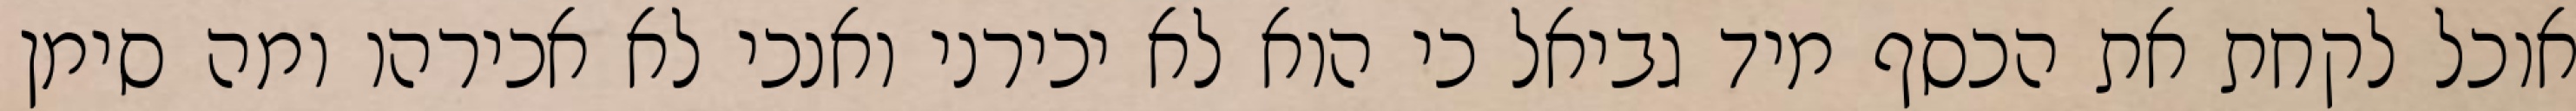
אוכל לקחת את הכסף מיד גביאל כי הוא לא יכירני ואנכי לא אכירהו ומה סימן